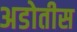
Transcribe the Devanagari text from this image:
अडोतीस